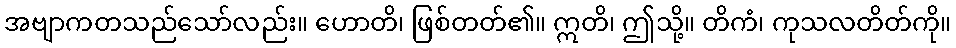
အဗျာကတသည်သော်လည်း။ ဟောတိ၊ ဖြစ်တတ်၏။ ဣတိ၊ ဤသို့။ တိကံ၊ ကုသလတိတ်ကို။